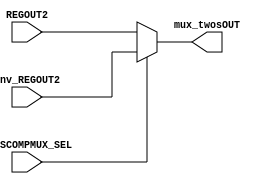
module mux_twoscomp(REGOUT2,inv_REGOUT2,TWOSCOMPMUX_SEL,mux_twosOUT);
    
    input [7:0] REGOUT2,inv_REGOUT2;
    input TWOSCOMPMUX_SEL;      //control signal for the 2's compliment select mux
    output reg [7:0] mux_twosOUT;     //output the result of the mux

    always @ (REGOUT2,inv_REGOUT2,TWOSCOMPMUX_SEL)
    begin
      if(TWOSCOMPMUX_SEL == 1'b0)
      begin
        mux_twosOUT = REGOUT2;          //output the REGOUT2 value
      end else begin
        mux_twosOUT= inv_REGOUT2;       //output the two's compliment of REGOUT2 value(for sub instruction)
      end
    end

endmodule